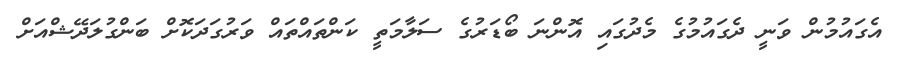
އެގައުމުން ވަނީ ދެގައުމުގެ މެދުގައި އޮންނަ ބޯޑަރުގެ ސަލާމަތީ ކަންތައްތައް ވަރުގަދަކޮށް ބަންގުލަދޭޝްއަށް